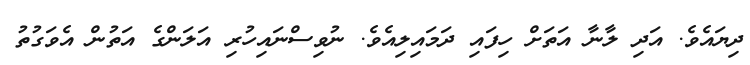
ދިޔައެވެ. އަދި ލާނާ އަތަށް ހިފައި ދަމައިލިއެވެ. ނުވިސްނައިހުރި އަލަންގެ އަތުން އެވަގުތު